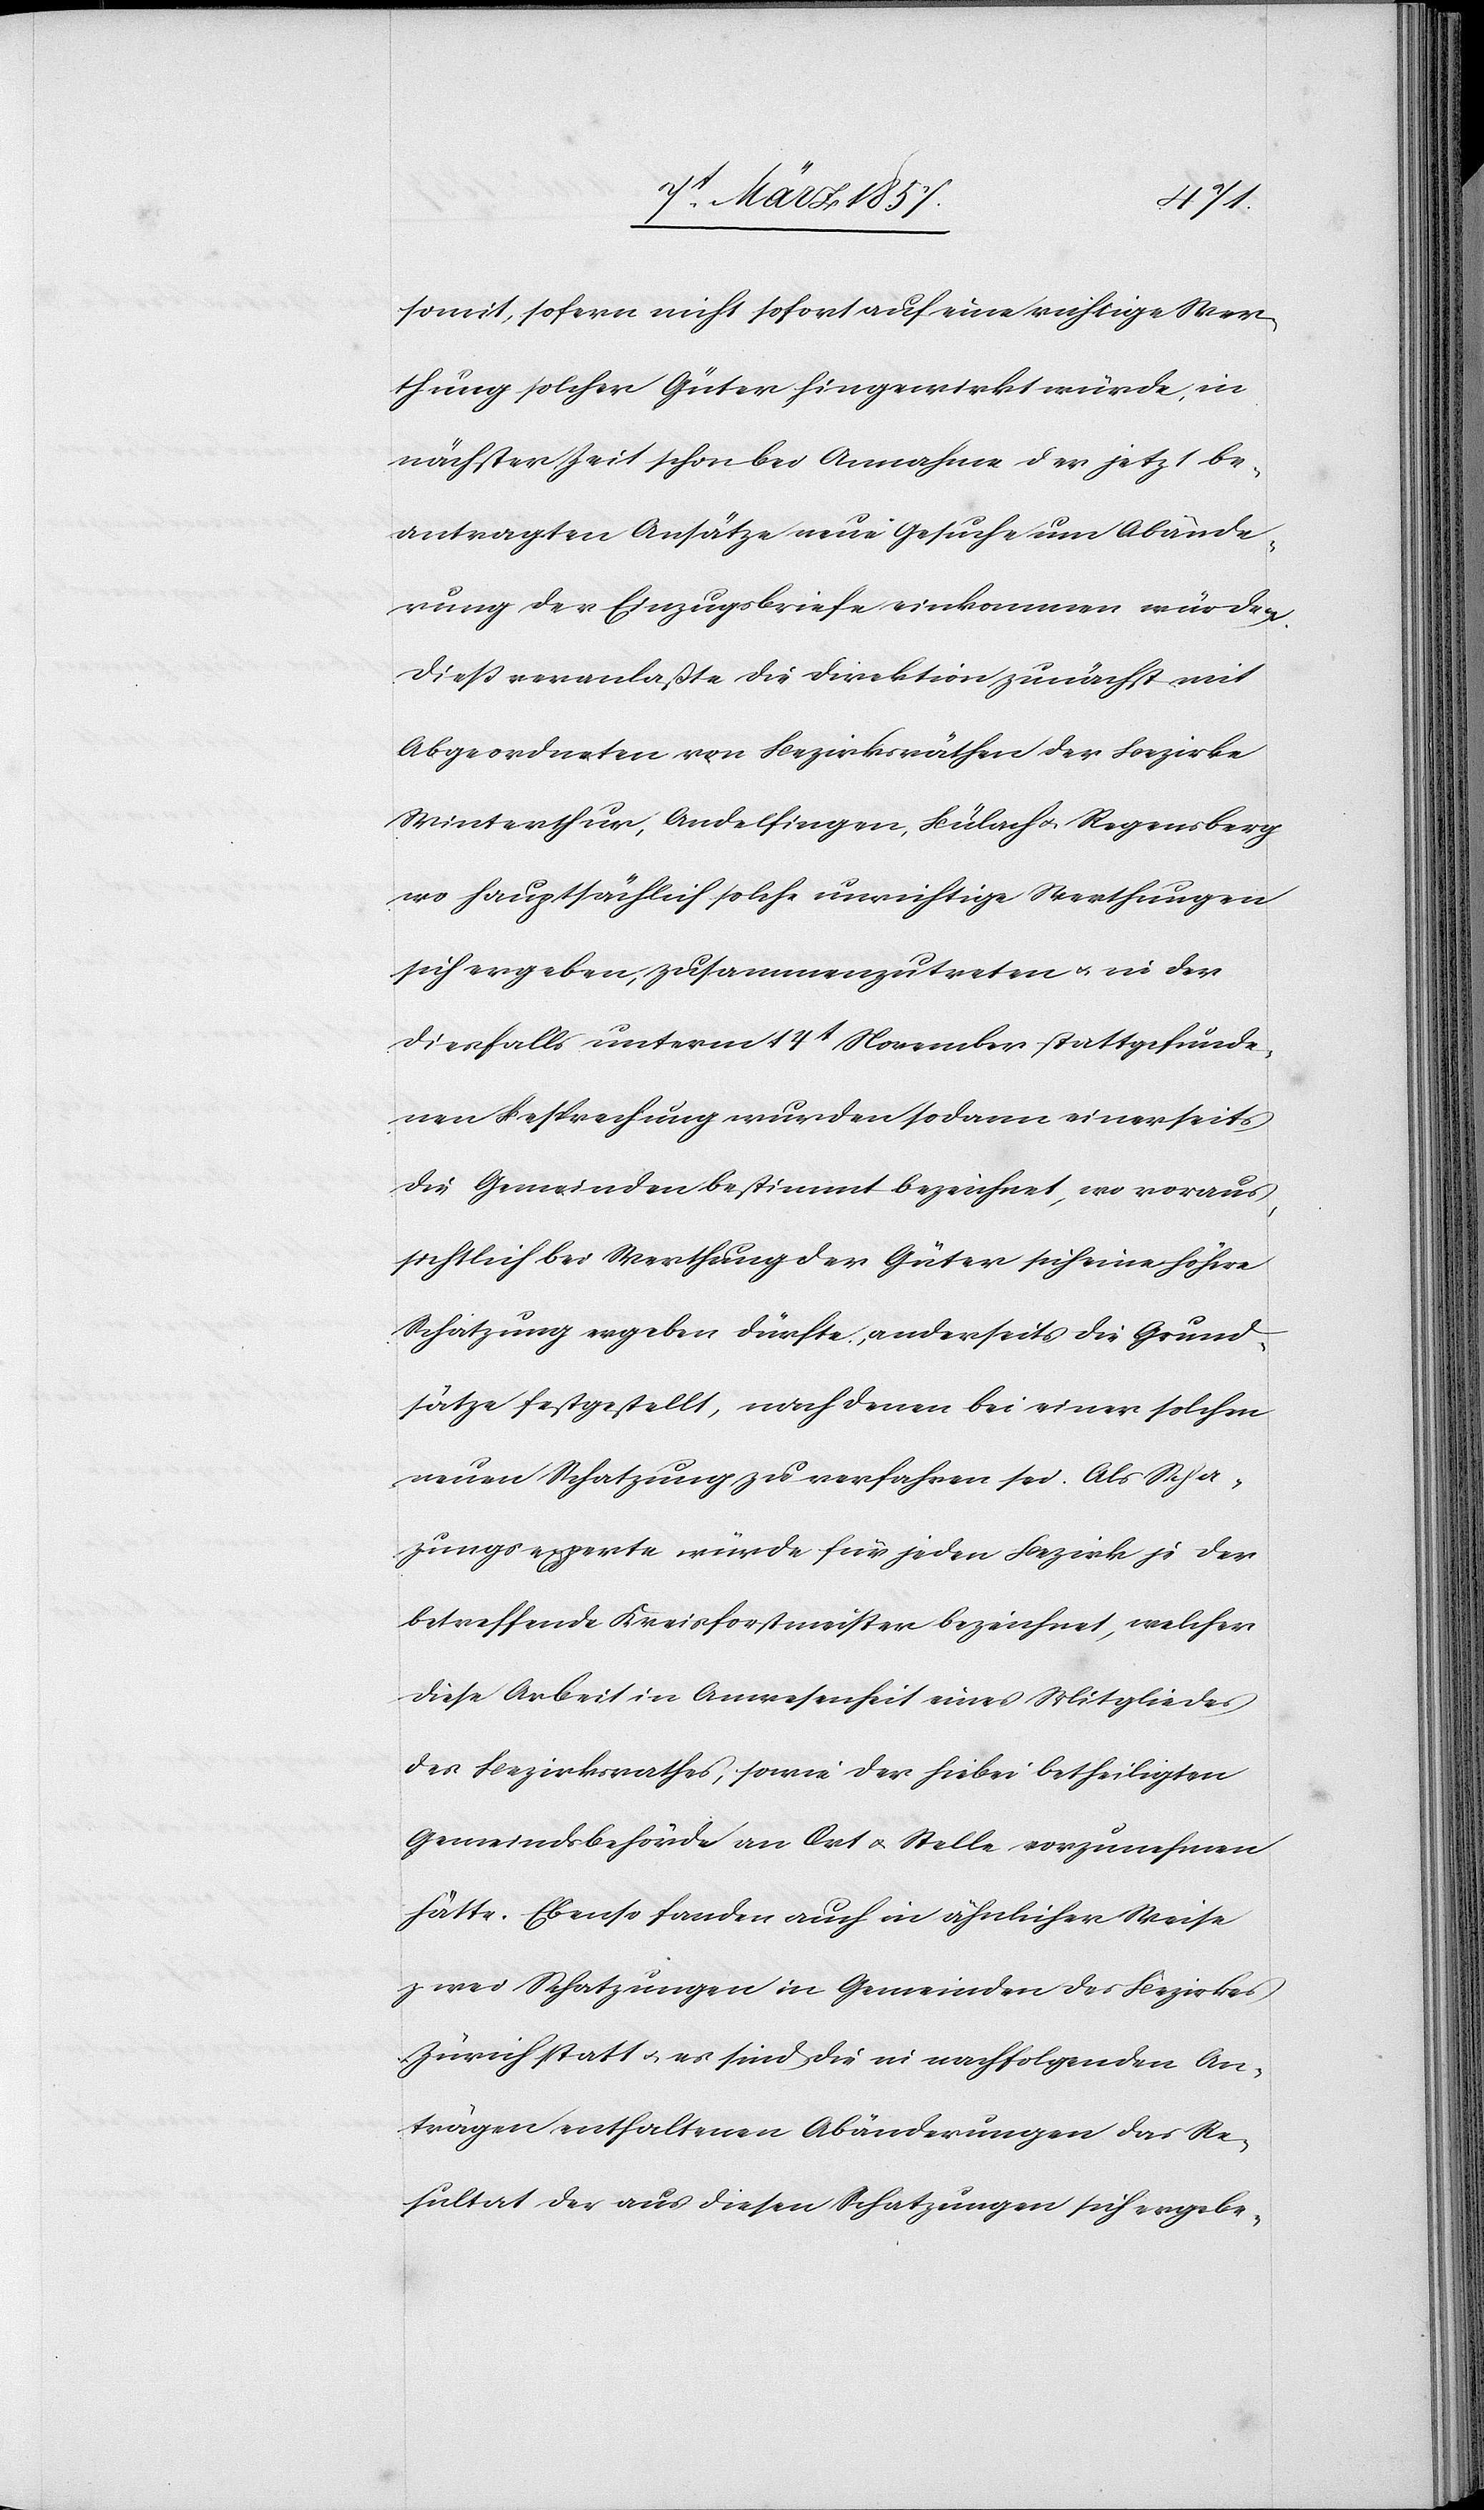
somit, sofern nicht sofort auf eine richtige Wer¬
thung solcher Güter hingewirkt würde, in
nächster Zeit schon bei Annahme der jetzt be¬
antragten Ansätze neue Gesuche um Abände¬
rung der Einzugsbriefe einkommen würden.
Diess veranlaßte die Direktion zunächst mit
Abgeordneten von Bezirksräthen der Bezirke
Winterthur, Andelfingen, Bülach u. Regensberg
wo hauptsächlich solche unrichtige Werthungen
sich ergeben, zusammenzutreten u. in der
diesfalls unterm 14t November stattgefunde¬
nen Besprechung wurden sodann einerseits
die Gemeinden bestimmt bezeichnet, wo voraus¬
sichtlich bei Werthung der Güter sich eine höhere
Schatzung ergeben dürfte, anderseits die Grund¬
sätze festgestellt, nach denen bei einer solchen
neuen Schatzung zu verfahren sei. Als Scha¬
zungsexperte würde für jeden Bezirk je der
betreffende Kreisforstmeister bezeichnet, welcher
diese Arbeit in Anwesenheit eines Mitgliedes
des Bezirksrathes, sowie der hiebei betheiligten
Gemeindsbehörde an Ort u. Stelle vorzunehmen
hätte. Ebenso fanden auch in ähnlicher Weise
zwei Schatzungen in Gemeinden des Bezirkes
Zürich statt u. es sind die in nachfolgenden An¬
trägen enthaltenen Abänderungen das Re¬
sultat der aus diesen Schatzungen sich ergebe-